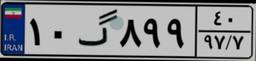
۱۰گ۸۹۹۴۰